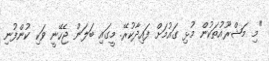
"މި މަޝްރޫއުތަކުން މުޅި ގައުމަށް ފައިދާކުރޭ. މީގައި ބަލަން ޖެހޭނީ ވަކި ކުންފުނި